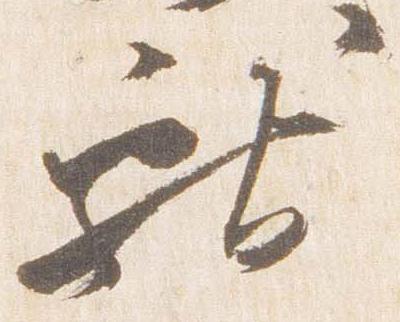
献